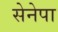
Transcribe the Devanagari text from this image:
सेनेपा